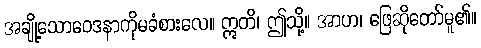
အချို့သောဝေဒနာကိုမခံစားလေ။ ဣတိ၊ ဤသို့။ အာဟ၊ ဖြေဆိုတော်မူ၏။